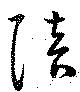
陪